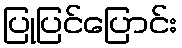
ပြုပြင်ပြောင်း